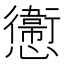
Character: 㦣